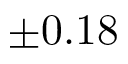
\pm 0 . 1 8